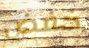
خفض